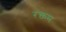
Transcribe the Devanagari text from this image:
रक्तम